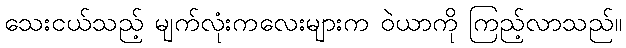
သေးငယ်သည့် မျက်လုံးကလေးများက ဝဲယာကို ကြည့်လာသည်။